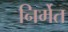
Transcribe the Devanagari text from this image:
निर्मेत